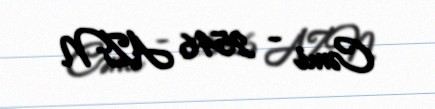
Cəmi - 2546 AZN